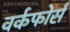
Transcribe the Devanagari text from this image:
वर्कफोर्स